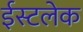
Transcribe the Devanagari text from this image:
ईस्टलेक